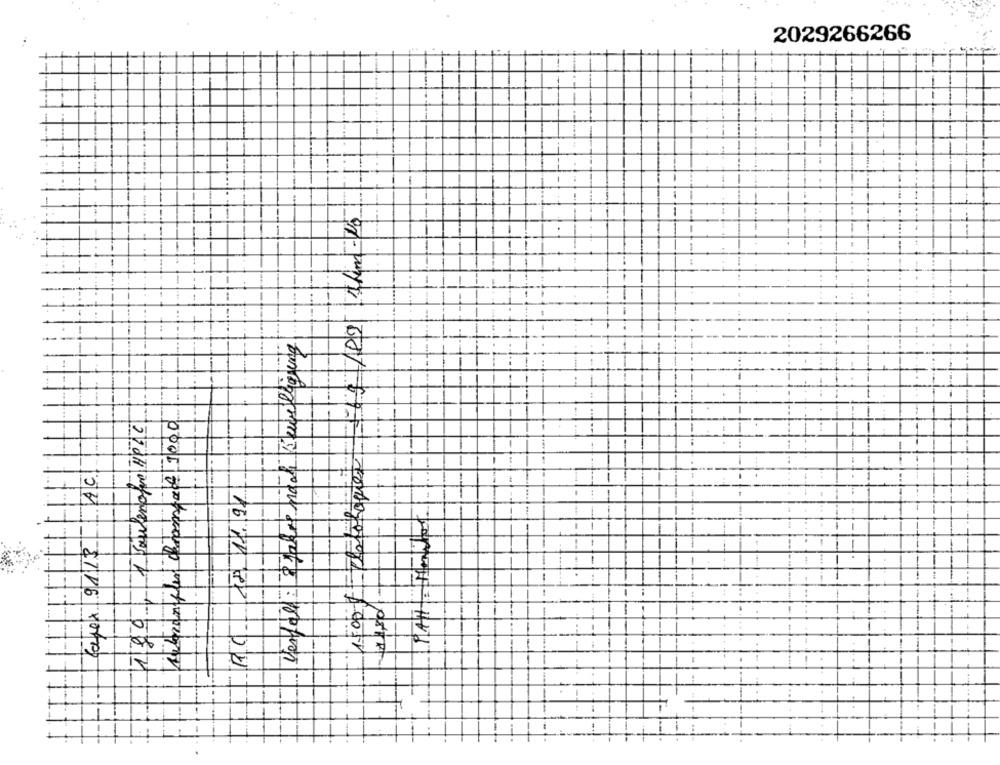
2029266266
I
1
Verfall : 3 Jahre nach Bewilligung
1bronfles chramach 1000
AC
forex 9113
-
1678 27